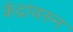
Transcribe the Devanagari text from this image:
केंद्रांवरुन